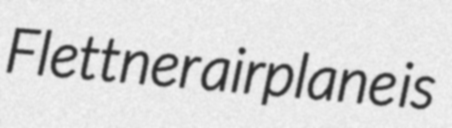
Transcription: Flettner airplane is